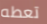
تعطه